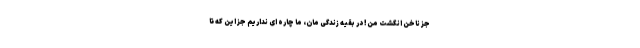
جز ناخن انگشت من! در بقیه زندگی مان، ما چاره ای نداریم جز این که تا